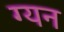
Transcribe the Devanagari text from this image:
ग्यन